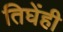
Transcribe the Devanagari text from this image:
तिघेंही